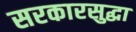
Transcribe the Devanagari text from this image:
सरकारसुद्धा